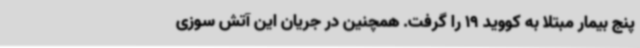
پنج بیمار مبتلا به کووید 19 را گرفت. همچنین در جریان این آتش سوزی